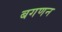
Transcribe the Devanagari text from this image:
बगणन